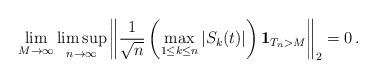
LaTeX: \begin{align*}\lim_{M \rightarrow \infty} \limsup_{n \rightarrow \infty}\left \| \frac {1}{\sqrt n}\left(\max_{1 \leq k \leq n} |S_k(t)|\right) {\bf 1}_{T_n>M} \right \|_2=0 \, . \end{align*}